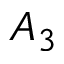
A _ { 3 }